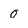
Character: 0